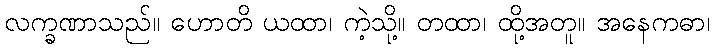
လက္ခဏာသည်။ ဟောတိ ယထာ၊ ကဲ့သို့။ တထာ၊ ထို့အတူ။ အနေကဓာ၊